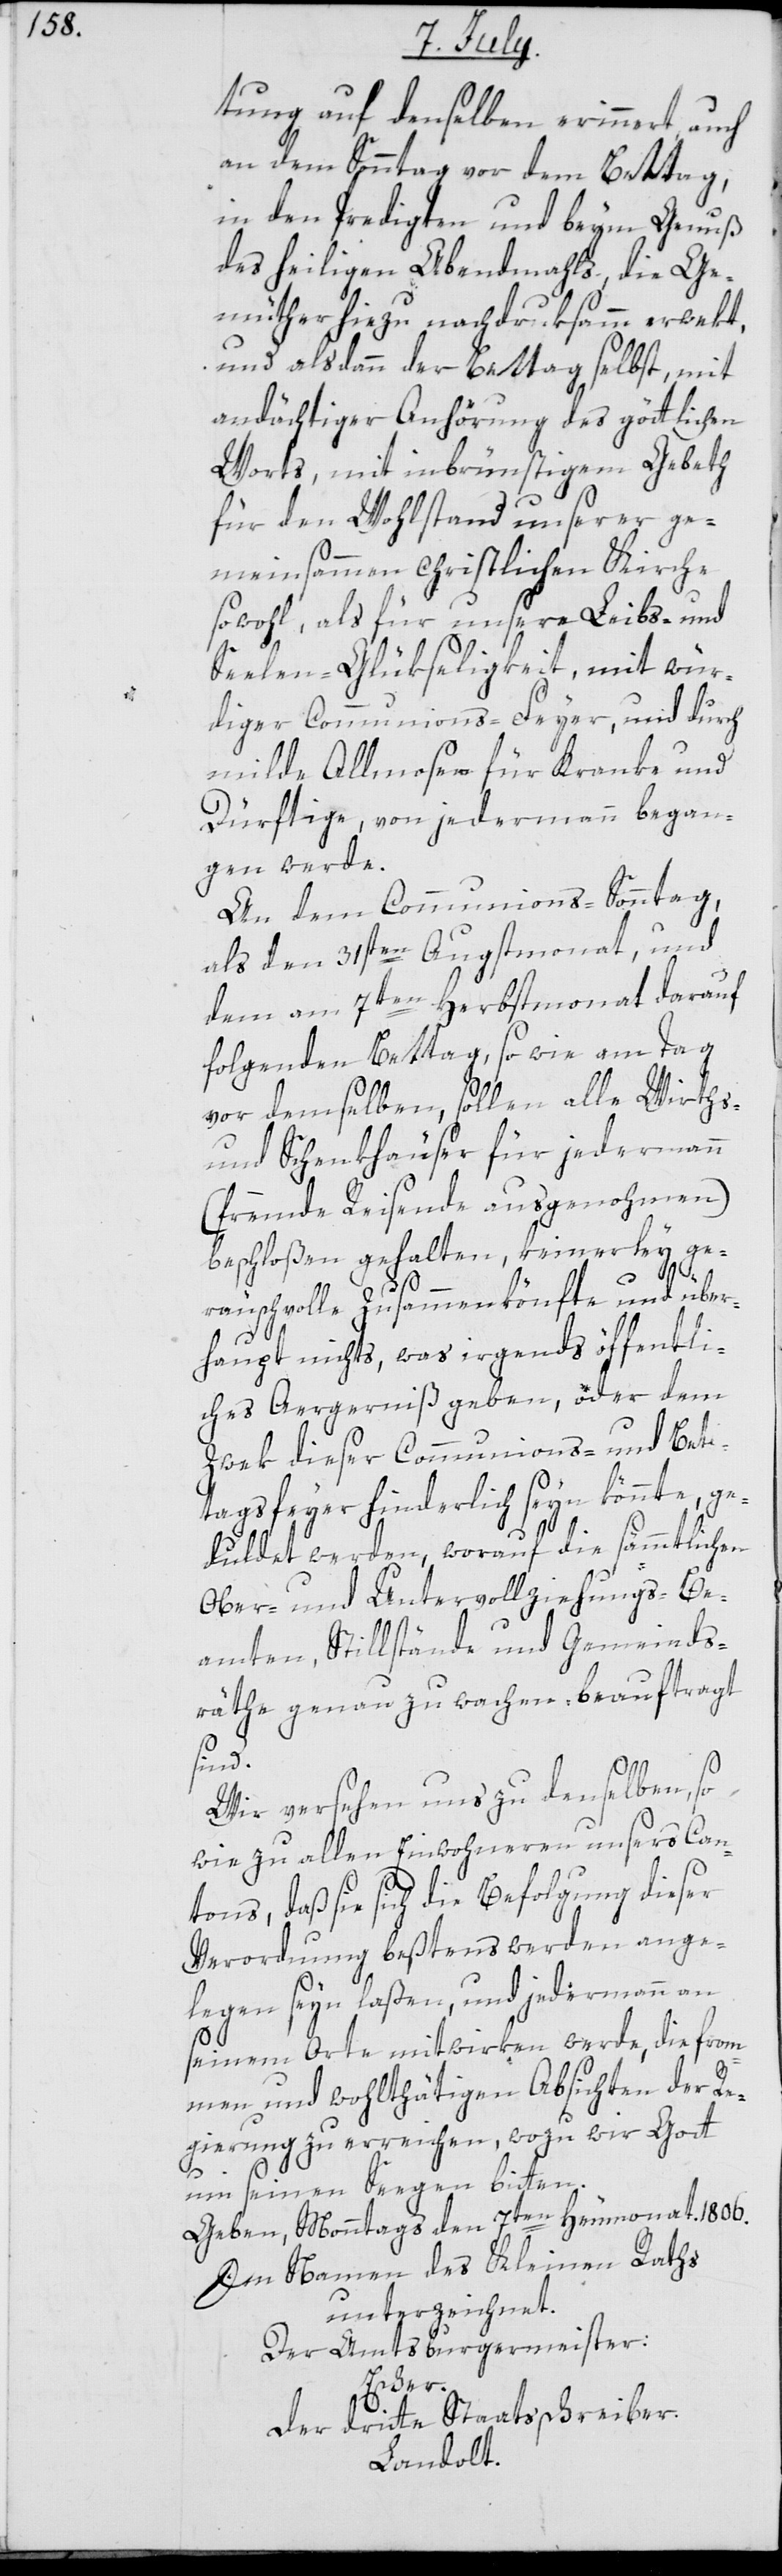
tung auf denselben erinnert, auch
an dem Sonntag vor dem Bettag,
in den Predigten und beym Genuß
des heiligen Abendmahls, die Ge¬
müther hiezu nachdruksamm erwekt,
und alsdann der Bettag selbst, mit
andächtiger Anhörung des göttlichen
Worts, mit inbrünstigem Gebeth
für den Wohlstand unserer ge¬
meinsammen christlichen Kirche
sowohl als für unsere Leibs- und
Seelen-Glükseligkeit, mit wür¬
diger Communions-Feyer und durch
milde Allmosen für Kranke und
Dürftige von jedermann began¬
gen werde.
An dem Communions-Sonntag,
als den 31sten Augstmonat, und
dem am 7ten Herbstmonat darauf
folgenden Bettag, sowie am Tag
vor demselben, sollen alle Wirths-
und Schenkhäuser für jedermann
(fremde Reisende ausgenohmen)
beschloßen gehalten, keinerley ge¬
räuschvolle Zusammenkönfte und über¬
haupt nichts, was irgends öffentli¬
ches Aergerniß geben, oder dem
Zwek dieser Communions- und Bet¬
tagsfeyer hinderlich seyn könnte, ge¬
duldet werden, worauf die sämtlichen
Ober- und Untervollziehungs-Be¬
amten, Stillstände und Gemeinds¬
räthe genau zu wachen beauftragt
sind.
Wir versehen uns zu denselben, so
wie zu allen Einwohneren unsers Can¬
tons, daß sie sich die Befolgung dieser
Verordnung beßtens werden ange¬
legen seyn laßen, und jedermann an
seinem Orte mitwirken werde, die from¬
men und wohlthätigen Absichten der Re¬
gierung zu erreichen, wozu wir Gott
um seinen Segen bitten.
Geben, Monntags den 7ten Heumonat. 1806.
Im Namen des Kleinen Raths
unterzeichnet.
Der Amtsburgermeister:
Escher.
Der dritte Staatsschreiber
Landolt.